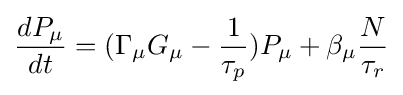
{\frac {dP_{\mu }}{dt}}=(\Gamma _{\mu }G_{\mu }-{\frac {1}{\tau _{p}}})P_{\mu }+\beta _{\mu }{\frac {N}{\tau _{r}}}